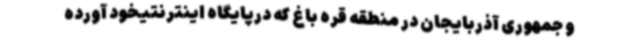
و جمهوری آذربایجان در منطقه قره باغ که درپایگاه اینترنتیخود آورده